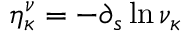
\eta _ { \kappa } ^ { \nu } = - \partial _ { s } \ln \nu _ { \kappa }